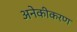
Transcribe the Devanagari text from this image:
अनेकीकरण